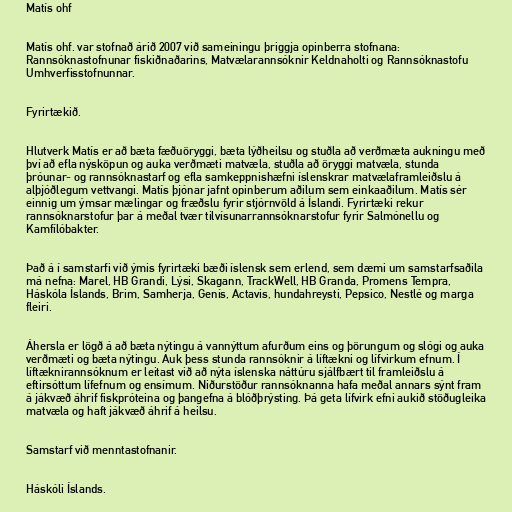
Matís ohf

Matís ohf. var stofnað árið 2007 við sameiningu þriggja opinberra stofnana:
Rannsóknastofnunar fiskiðnaðarins, Matvælarannsóknir Keldnaholti og Rannsóknastofu
Umhverfisstofnunnar.

Fyrirtækið.

Hlutverk Matís er að bæta fæðuöryggi, bæta lýðheilsu og stuðla að verðmæta aukningu með
því að efla nýsköpun og auka verðmæti matvæla, stuðla að öryggi matvæla, stunda
þróunar- og rannsóknastarf og efla samkeppnishæfni íslenskrar matvælaframleiðslu á
alþjóðlegum vettvangi. Matís þjónar jafnt opinberum aðilum sem einkaaðilum. Matís sér
einnig um ýmsar mælingar og fræðslu fyrir stjórnvöld á Íslandi. Fyrirtæki rekur
rannsóknarstofur þar á meðal tvær tilvísunarrannsóknarstofur fyrir Salmónellu og
Kamfílóbakter.

Það á í samstarfi við ýmis fyrirtæki bæði íslensk sem erlend, sem dæmi um samstarfsaðila
má nefna: Marel, HB Grandi, Lýsi, Skagann, TrackWell, HB Granda, Promens Tempra,
Háskóla Íslands, Brim, Samherja, Genís, Actavis, hundahreysti, Pepsico, Nestlé og marga
fleiri.

Áhersla er lögð á að bæta nýtingu á vannýttum afurðum eins og þörungum og slógi og auka
verðmæti og bæta nýtingu. Auk þess stunda rannsóknir á líftækni og lífvirkum efnum. Í
líftæknirannsóknum er leitast við að nýta íslenska náttúru sjálfbært til framleiðslu á
eftirsóttum lífefnum og ensímum. Niðurstöður rannsóknanna hafa meðal annars sýnt fram
á jákvæð áhrif fiskpróteina og þangefna á blóðþrýsting. Þá geta lífvirk efni aukið stöðugleika
matvæla og haft jákvæð áhrif á heilsu.

Samstarf við menntastofnanir.

Háskóli Íslands.